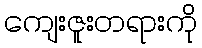
ကျေးဇူးတရားကို